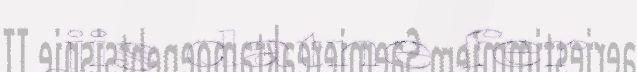
jis datne fer